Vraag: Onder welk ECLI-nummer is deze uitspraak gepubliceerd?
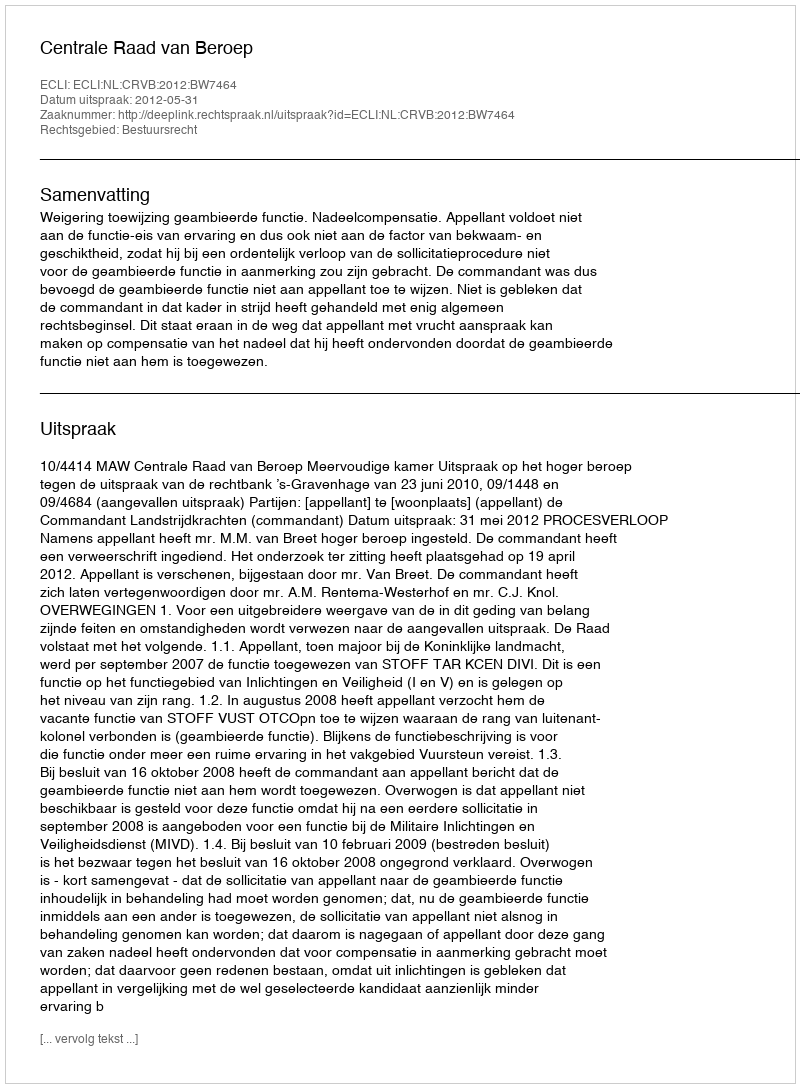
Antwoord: ECLI:NL:CRVB:2012:BW7464